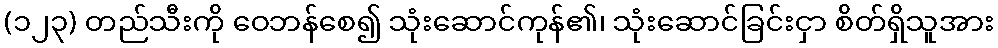
(၁၂၃) တည်သီးကို ဝေဘန်စေ၍ သုံးဆောင်ကုန်၏၊ သုံးဆောင်ခြင်းငှာ စိတ်ရှိသူအား